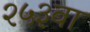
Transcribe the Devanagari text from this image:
२५३वा